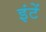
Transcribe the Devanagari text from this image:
इंटें